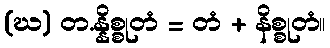
(ဃ) တ.န္နိစ္စုတံ = တံ + နိစ္စုတံ။